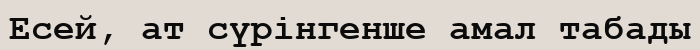
Есей, ат сүрінгенше амал табады